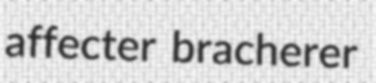
affecter bracherer